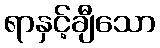
ရာနှင့်ချီသော